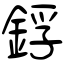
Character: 鋢